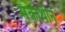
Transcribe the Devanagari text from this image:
मॅकार्थीने